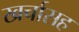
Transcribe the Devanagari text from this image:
खर्चासह